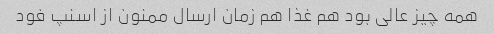
همه چیز عالی بود هم غذا هم زمان ارسال ممنون از اسنپ فود